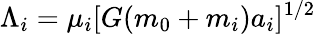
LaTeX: \Lambda_{i}=\mu_{i}[G(m_{0}+m_{i})a_{i}]^{1/2}